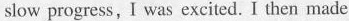
slow progress,,I was excited. I then made